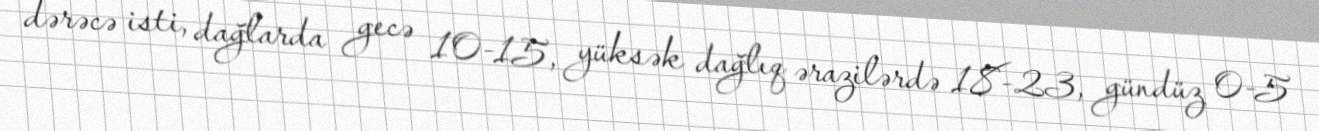
dərəcə isti, dağlarda gecə 10-15, yüksək dağlıq ərazilərdə 18-23, gündüz 0-5